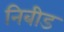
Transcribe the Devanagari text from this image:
निबीड